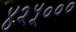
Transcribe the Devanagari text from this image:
४२५०००